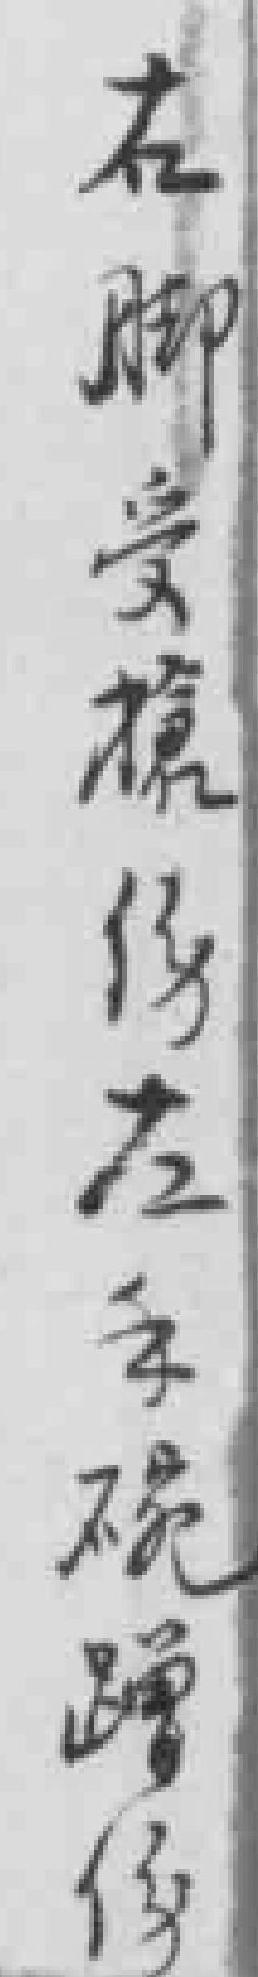
右脚受槍傷左手腕蹭傷